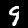
Label: 9